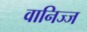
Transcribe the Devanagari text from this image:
वानिज्ज